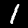
Label: 1